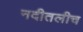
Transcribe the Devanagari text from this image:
नदीतलीच